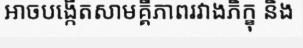
អាចបង្កើតសាមគ្គីភាពរវាងភិក្ខុ និង